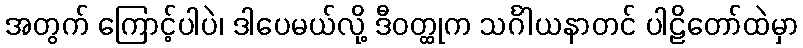
အတွက် ကြောင့်ပါပဲ၊ ဒါပေမယ်လို့ ဒီဝတ္ထုက သင်္ဂါယနာတင် ပါဠိတော်ထဲမှာ